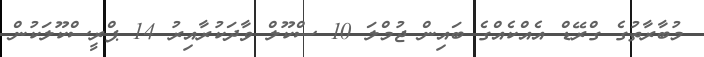
މުބާރާތުގެ ގްރޭޑް އެއްކެއްގެ ބައިން ޖުމްލަ 10 ސްކޫލް ވާދަކުރާއިރު 14 ޕްރީސްކޫލަކުން